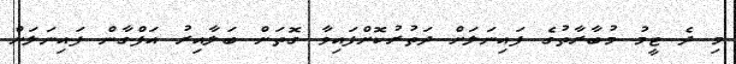
މި ދެ ޓީމު މުބާރާތުގެ ފައިނަލަށް ދަތުރުކޮށްފައިވާ ގޮތަށް ބަލާއިރު އަފްގާން ފައިނަލަށް